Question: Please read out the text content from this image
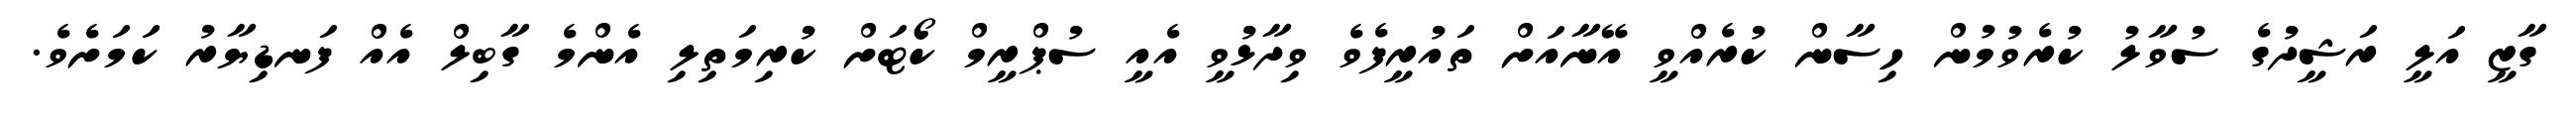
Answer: ގާޒީ އަލީ ރަޝީދުގެ ސުވާލު ކުރެވުމުން ހިސާން ކުރެއްވީ އޭނާއަށް ތައުރީފެވެ ވިދާޅުވީ އެއީ ސުޕްރީމް ކޯޓަށް ކުރިމަތިލި އެންމެ ގާބިލް އެއް ފަނޑިޔާރު ކަމަށެވެ.